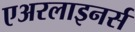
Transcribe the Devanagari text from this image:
एअरलाइनर्स